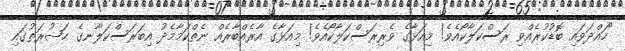
"ހައްދަވައި ބޮޑުކުރެއްވި ރަސްކަލާކޯއެވެ! މިއަޅާގެ ވެރިރަސްކަލާކޯއެވެ! މިއަޅާގެ އާރެއްބާރެއް ނެތްކަމާމެދު އިބަރަސްކަލާނގެ ޙަޟުރަތުގައި